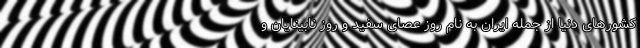
کشورهای دنیا از جمله ایران به نام روز عصای سفید و روز نابینایان و